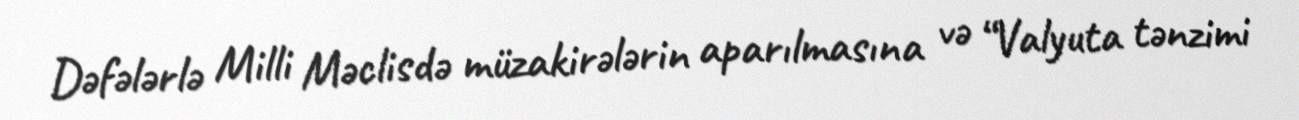
Dəfələrlə Milli Məclisdə müzakirələrin aparılmasına və “Valyuta tənzimi